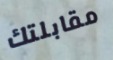
مقابلتك